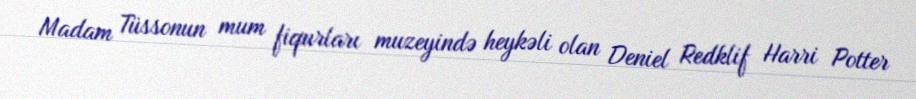
Madam Tüssonun mum fiqurları muzeyində heykəli olan Deniel Redklif Harri Potter